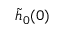
\tilde { h } _ { 0 } ( 0 )